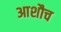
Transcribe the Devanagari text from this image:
आशौच